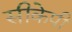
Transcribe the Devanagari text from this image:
सीकेपी